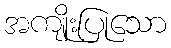
အကျိုးပြုသော